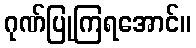
ဂုဏ်ပြုကြရအောင်။